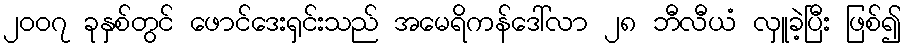
၂၀၀၇ ခုနှစ်တွင် ဖောင်ဒေးရှင်းသည် အမေရိကန်ဒေါ်လာ ၂၈ ဘီလီယံ လှူခဲ့ပြီး ဖြစ်၍